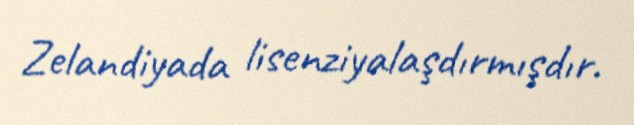
Zelandiyada lisenziyalaşdırmışdır.